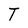
Character: T